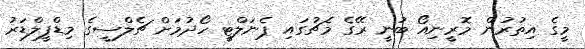
މީގެ އިތުރުން މޮރީނިއޯ ބުނީ ރޭގެ މެޗުގައި ޕެނަލްޓީ ހޯދުމަށް ޗެލްސީގެ މިޑްފީލްޑަރު